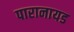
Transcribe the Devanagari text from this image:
पारानायड